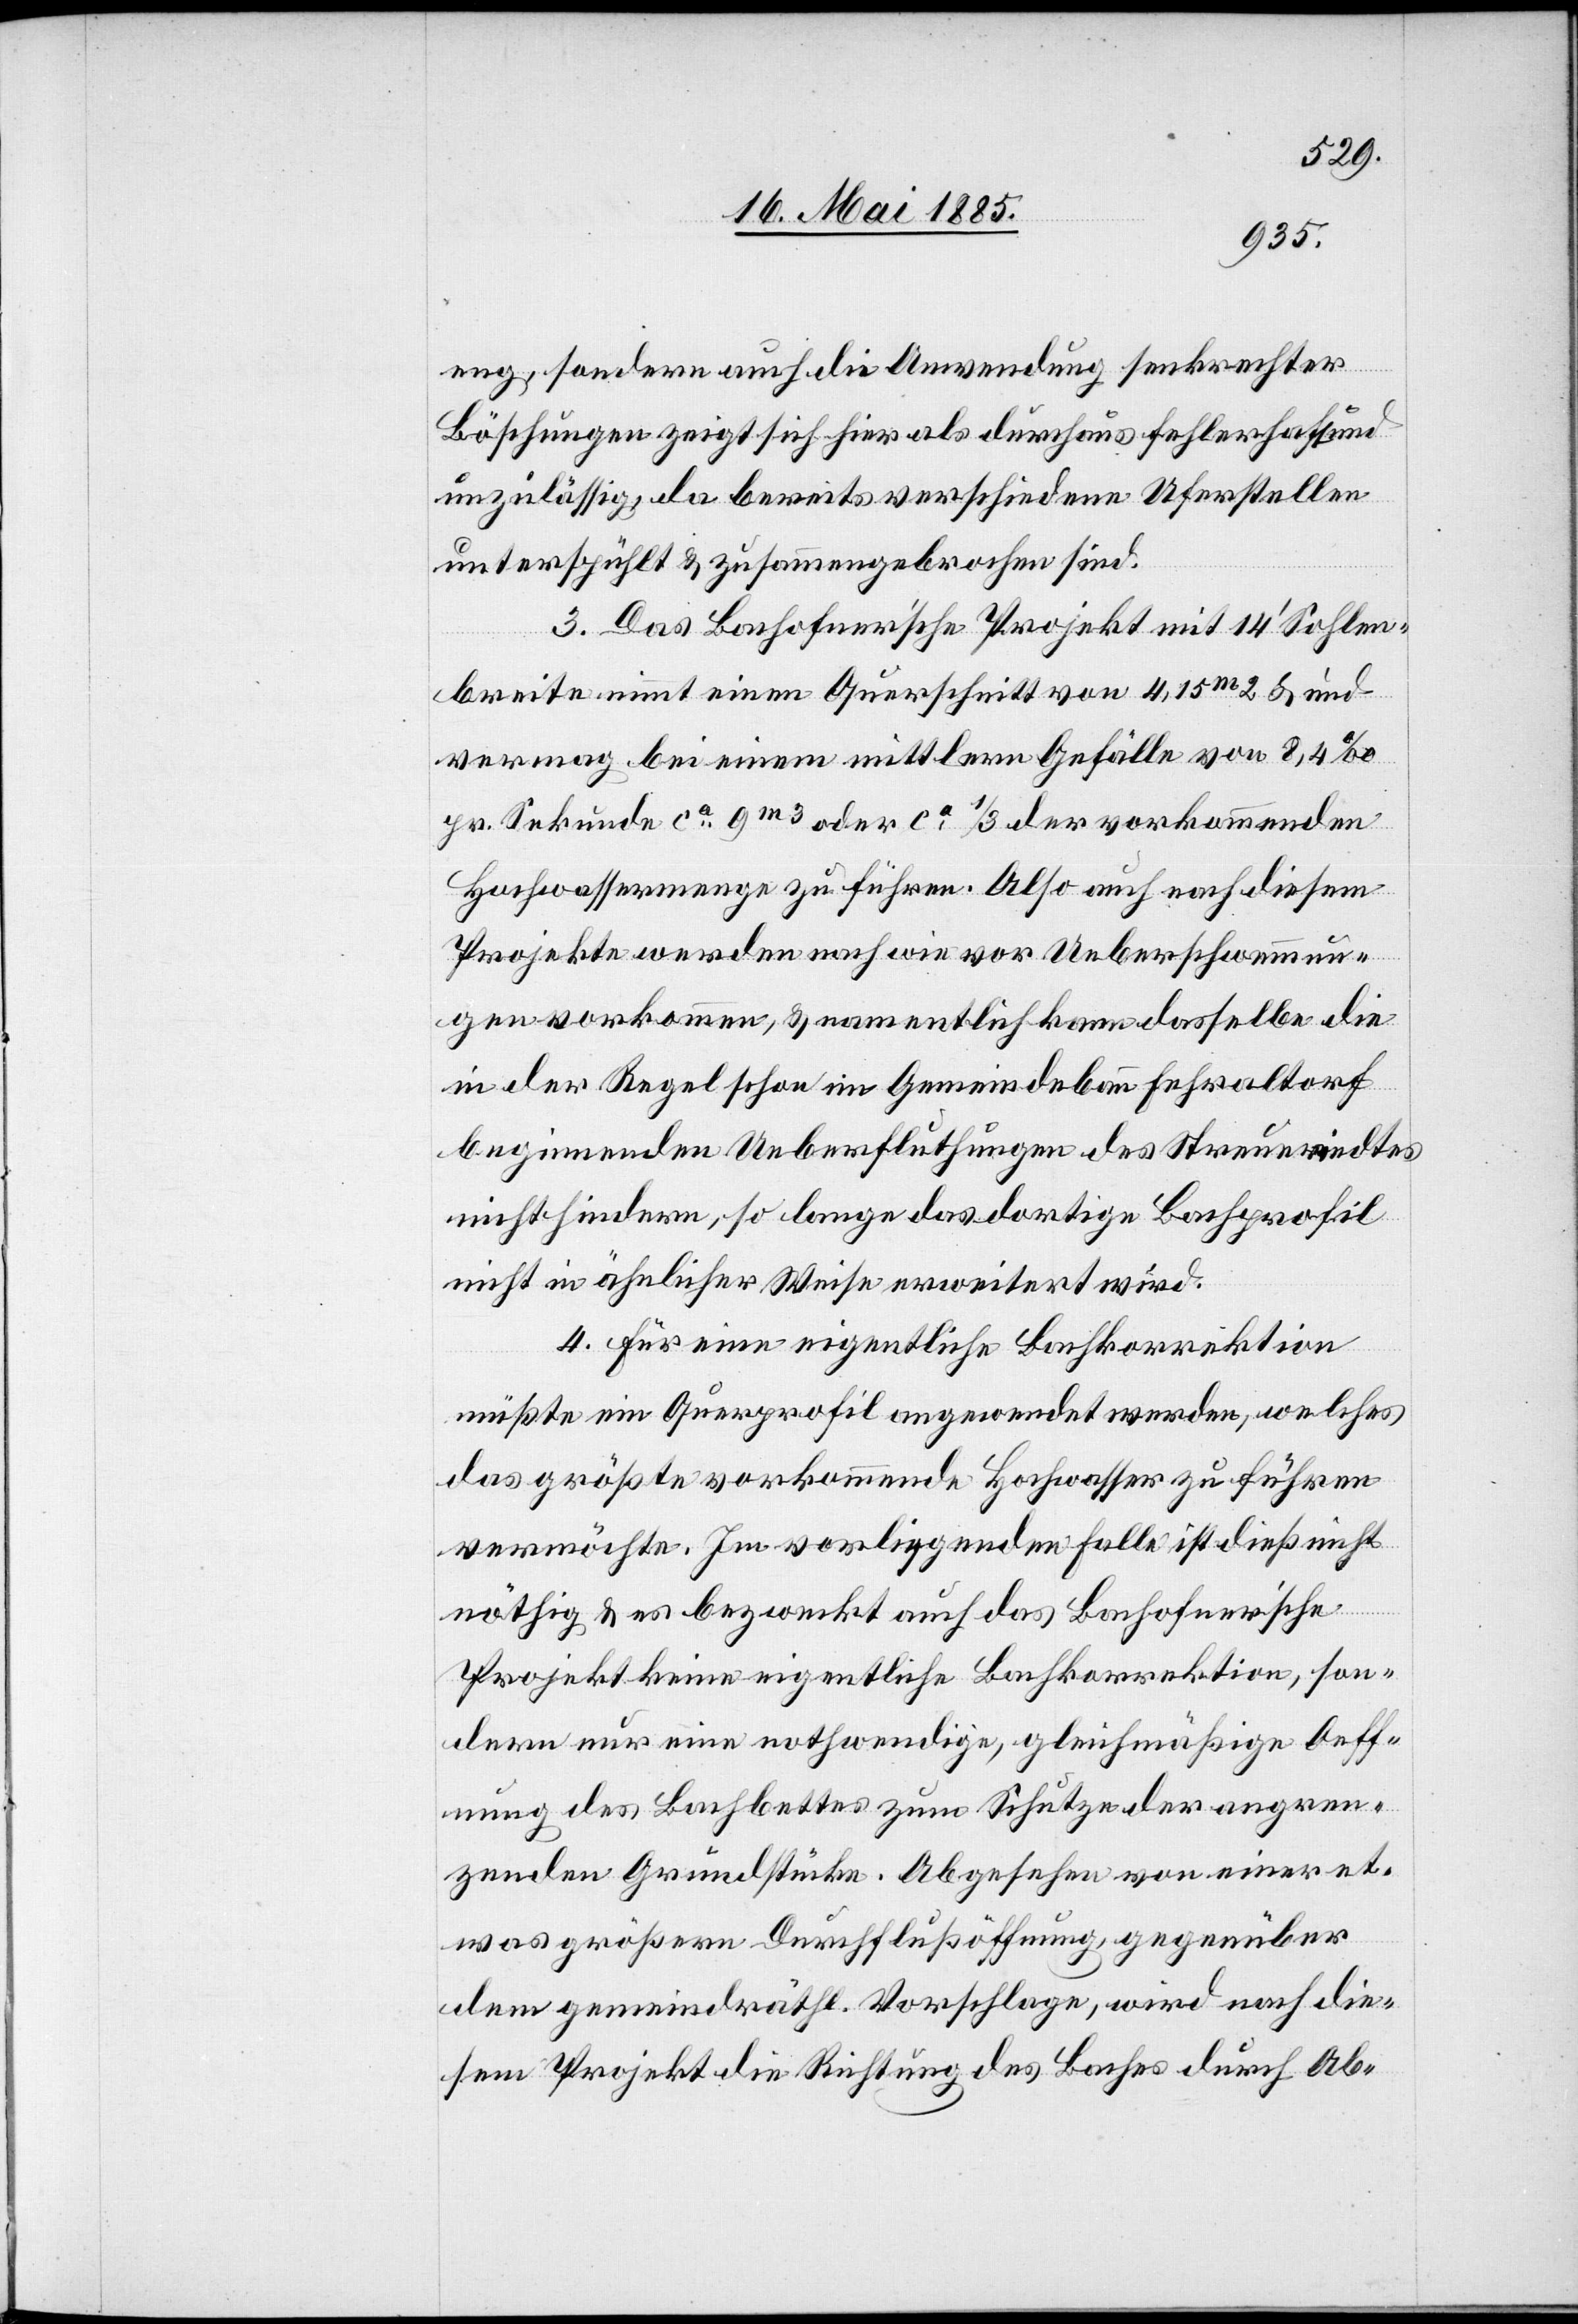
eng, sondern auch die Anwendung senkrechter
Böschungen zeigt sich hier als durchaus fehlerhaft und
unzulässig, da bereits verschiedene Uferstellen
unterspühlt & zusammengebrochen sind.
3. Das Bachofner’sche Projekt mit 14’ Sohlen¬
breite nimmt einen Querschnitt von 4,15 m2 & und
vermag bei einem mittlern Gefälle von 8,4‰
pr. Sekunde ca 9 m3 oder ca 1/3 der vorkommenden
Hochwassermenge zu führen. Also auch nach diesem
Projekte werden nach wie vor Ueberschwemmun¬
gen vorkommen, & namentlich kann dasselbe die
in der Regel schon im Gemeindebann Fehraltorf
beginnenden Ueberfluthungen des Streueriedtes
nicht hindern, so lange das dortige Bachprofil
nicht in ähnlicher Weise erweitert wird.
4. Für eine eigentliche Bachkorrektion
müßte ein Querprofil angeordnet werden, welches
das größte vorkommende Hochwasser zu führen
vermöchte. Im vorliegenden Falle ist dieß nicht
nöthig & es bezweckt auch das Bachofner’sche
Projekt keine eigentliche Bachkorrektion, son¬
dern nur eine nothwendige, gleichmäßige Oeff¬
nung des Bachbettes zum Schutze der angren¬
zenden Grundstücke. Abgesehen von einer et¬
was größern Durchflußöffnung, gegenüber
dem gemeindräthl. Vorschlage, wird nach die¬
sem Projekt die Richtung des Baches durch Ab-